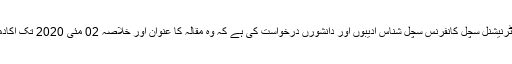
اکادمی ادبیات نے انٹرنیشنل سچل کانفرنس سچل شناس ادیبوں اور دانشورں درخواست کی ہے کہ وہ مقالہ کا عنوان اور خلاصہ 02 مئی 2020 تک اکادمی کو ای میل کریں۔